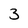
Character: 3